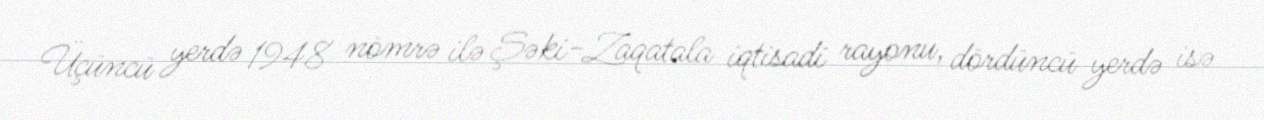
Üçüncü yerdə 1948 nömrə ilə Şəki-Zaqatala iqtisadi rayonu, dördüncü yerdə isə